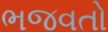
ભજવતો